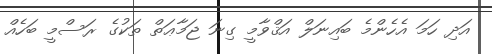
އަދި ހަމަ އެހެންމެ ބައިނަލް އަޤްވާމީ ގިނަ ޖަމާޢަތް ތަކުގެ ރަސްމީ ބަހެއް